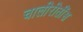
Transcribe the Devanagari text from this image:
चालीरीतींस